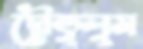
দৌড়ুলুম